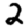
Digit: 2